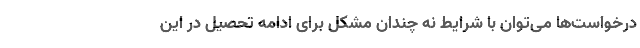
درخواست‌ها می‌توان با شرایط نه چندان مشکل برای ادامه تحصیل در این